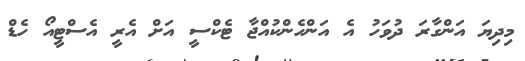
މިދިޔަ އަންގާރަ ދުވަހު އެ އަންހެންކުއްޖާ ޓެކްސީ އަށް އެރީ އެސްޓީއޯ ހެޑް